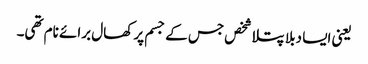
یعنی ایسا دبلا پتلا شخص جس کے جسم پر کھال برائے نام تھی۔